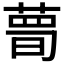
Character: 𦷹